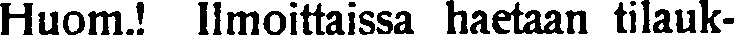
Huom.! Ilimoittaissa haetaan tilauk-